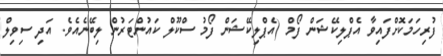
ފުރިހަމަކޮށްފައިވާ އެޕްލިކޭޝަން ފޯމް (އެޕްލިކޭޝަން ފޯމު ސްކޫލް ކައުންޓަރުން ލިބޭނެއެވެ. އަދި ސިވިލް